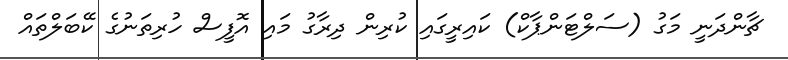
ޗާންދަނީ މަގު (ސަލްޓަންޕާކް) ކައިރީގައި ކުރިން ދިރާގު މައި އޮފީސް ހުރިތަނުގެ ކޭބަލްތައް